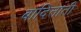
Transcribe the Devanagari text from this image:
बांदिताती